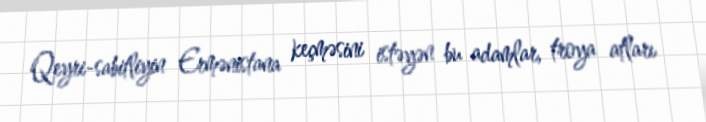
Qeyri-sabitliyin Ermənistana keçməsini istəyən bu adamlar, troya atları